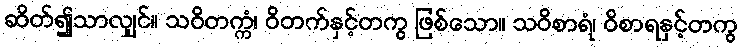
ဆိတ်၍သာလျှင်။ သဝိတက္ကံ၊ ဝိတက်နှင့်တကွ ဖြစ်သော။ သဝိစာရံ၊ ဝိစာရနှင့်တကွ